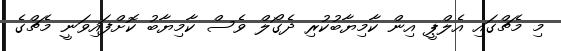
މި މެޗްގައި އެލްޕީ އިން ކާމިޔާބުކުރި ދެގޯލް ވެސް ކާމިޔާބު ކޮށްފައިވަނީ މެޗްގެ